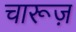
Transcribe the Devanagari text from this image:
चारूज़